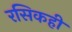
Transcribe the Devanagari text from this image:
रसिकही